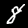
Label: 8